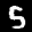
Label: 5